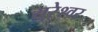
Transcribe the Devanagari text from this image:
सुरेश्‍वर